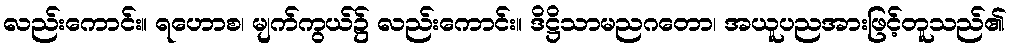
လည်းကောင်း။ ရဟောစ၊ မျက်ကွယ်၌ လည်းကောင်း။ ဒိဋ္ဌိသာမညဂတော၊ အယူပညအားဖြင့်တူသည်၏